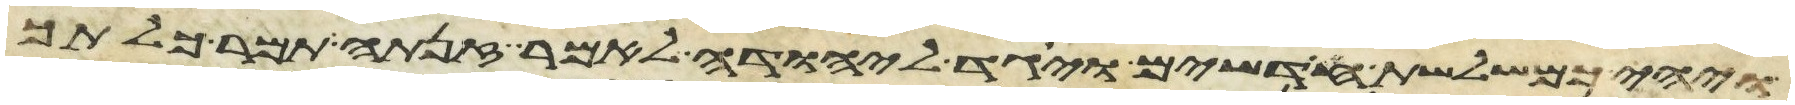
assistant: ויהי כמשלשת חדשים ויגד ליהודה לאמר זנתה תמר כלתך